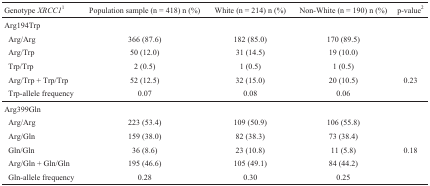
| Genotype XRCC11 | Population sample (n = 418) n (%) | White (n = 214) n (%) | Non-White (n = 190) n (%) | p-value2 |
 | --- | --- | --- | --- | --- |
 | <COLSPAN=3> Arg194Trp |  |  |
 | Arg/Arg | 366 (87.6) | 182 (85.0) | 170 (89.5) |  |
 | Arg/Trp | 50 (12.0) | 31 (14.5) | 19 (10.0) |  |
 | Trp/Trp | 2 (0.5) | 1 (0.5) | 1 (0.5) |  |
 | Arg/Trp + Trp/Trp | 52 (12.5) | 32 (15.0) | 20 (10.5) | 0.23 |
 | Trp-allele frequency | 0.07 | 0.08 | 0.06 |  |
 | <COLSPAN=3> Arg399Gln |  |  |
 | Arg/Arg | 223 (53.4) | 109 (50.9) | 106 (55.8) |  |
 | Arg/Gln | 159 (38.0) | 82 (38.3) | 73 (38.4) |  |
 | Gln/Gln | 36 (8.6) | 23 (10.8) | 11 (5.8) | 0.18 |
 | Arg/Gln + Gln/Gln | 195 (46.6) | 105 (49.1) | 84 (44.2) |  |
 | Gln-allele frequency | 0.28 | 0.30 | 0.25 |  |